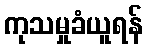
ကုသမှုခံယူရန်